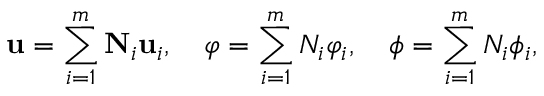
\mathbf { u } = \sum _ { i = 1 } ^ { m } \mathbf { N } _ { i } \mathbf { u } _ { i } , \quad \varphi = \sum _ { i = 1 } ^ { m } N _ { i } \varphi _ { i } , \quad \phi = \sum _ { i = 1 } ^ { m } N _ { i } \phi _ { i } ,